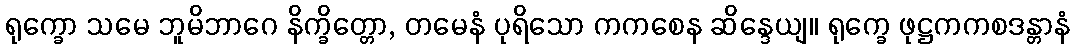
ရုက္ခော သမေ ဘူမိဘာဂေ နိက္ခိတ္တော, တမေနံ ပုရိသော ကကစေန ဆိန္ဒေယျ။ ရုက္ခေ ဖုဋ္ဌကကစဒန္တာနံ